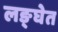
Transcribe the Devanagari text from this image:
लङ्घेत